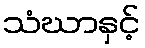
သံဃာနှင့်